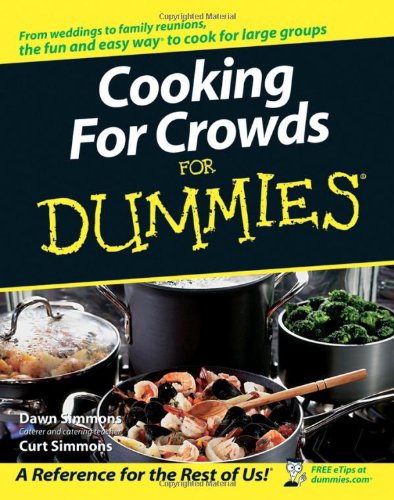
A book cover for Cooking For Crowds For Dummies; Dawn Simmons; Cookbooks, Food & Wine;